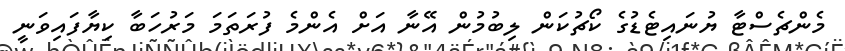
މެންޗެސްޓާ ޔުނައިޓެޑުގެ ކޯޗުކަން ލިބުމުން އޭނާ އަށް އެންމެ ފުރަތަމަ މަރުހަބާ ކިޔާފައިވަނީ